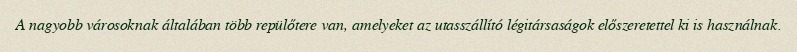
A nagyobb városoknak általában több repülőtere van, amelyeket az utasszállító légitársaságok előszeretettel ki is használnak.